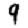
Digit: 9